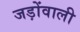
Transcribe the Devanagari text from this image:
जड़ोंवाली